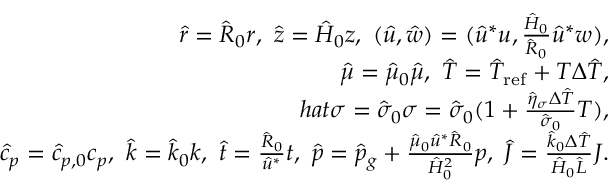
\begin{array} { r } { \hat { r } = \hat { R } _ { 0 } r , \ \hat { z } = \hat { H } _ { 0 } z , \ ( \hat { u } , \hat { w } ) = ( \hat { u } ^ { * } u , \frac { \hat { H } _ { 0 } } { \hat { R } _ { 0 } } \hat { u } ^ { * } w ) , } \\ { \hat { \mu } = \hat { \mu } _ { 0 } \hat { \mu } , \ \hat { T } = \hat { T } _ { \mathrm { r e f } } + T \Delta \hat { T } , } \\ { h a t { \sigma } = \hat { \sigma } _ { 0 } \sigma = \hat { \sigma } _ { 0 } ( 1 + \frac { \hat { \eta } _ { \sigma } \Delta \hat { T } } { \hat { \sigma } _ { 0 } } T ) , } \\ { \hat { c } _ { p } = \hat { c } _ { p , 0 } c _ { p } , \ \hat { k } = \hat { k } _ { 0 } k , \ \hat { t } = \frac { \hat { R } _ { 0 } } { \hat { u } ^ { * } } t , \ \hat { p } = \hat { p } _ { g } + \frac { \hat { \mu } _ { 0 } \hat { u } ^ { * } \hat { R } _ { 0 } } { \hat { H } _ { 0 } ^ { 2 } } p , \ \hat { J } = \frac { \hat { k } _ { 0 } \Delta \hat { T } } { \hat { H } _ { 0 } \hat { L } } J . } \end{array}